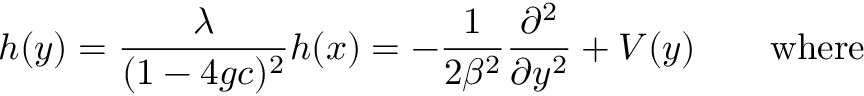
h ( y ) = { \frac { \lambda } { ( 1 - 4 g c ) ^ { 2 } } } h ( x ) = - { \frac { 1 } { 2 \beta ^ { 2 } } } { \frac { \partial ^ { 2 } } { \partial y ^ { 2 } } } + V ( y ) \qquad \mathrm { w h e r e }